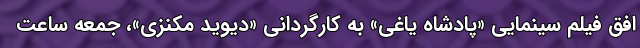
افق فیلم سینمایی «پادشاه یاغی» به کارگردانی «دیوید مکنزی»، جمعه ساعت